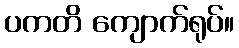
ပကတိ ကျောက်ရုပ်။